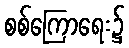
စစ်ကြောရေး၌